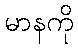
မာနကို